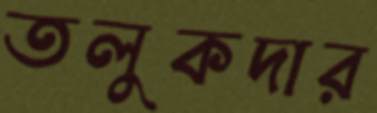
তলুকদার